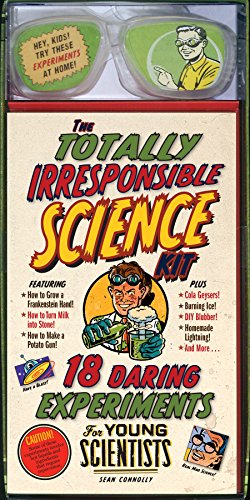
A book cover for The Totally Irresponsible Science Kit: 18 Daring Experiments for Young Scientists; Sean Connolly; Children's Books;